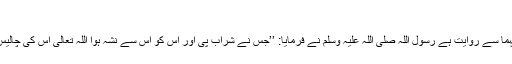
2002)
عبد اللہ بن عمر رضی اللہ عنہما سے روایت ہے رسول اللہ صلی اللہ علیہ وسلم نے فرمایا: ’’جس نے شراب پی اور اس کو اس سے نشہ ہوا اللہ تعالیٰ اس کی چالیس دن کی نماز قبول نہیں کرتا۔